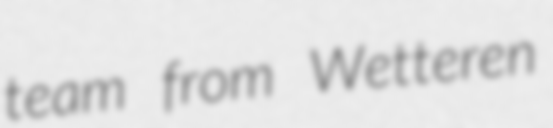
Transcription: team from Wetteren